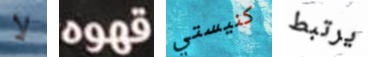
لا قهوه كنيستي يرتبط